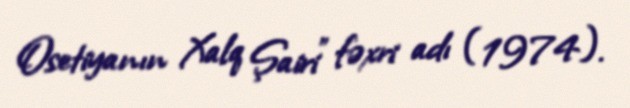
Osetiyanın Xalq Şairi" fəxri adı (1974).